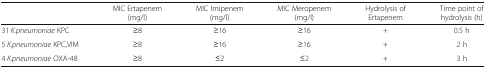
|  | MIC Ertapenem (mg/l) | MIC Imipenem (mg/l) | MIC Meropenem (mg/l) | Hydrolysis of Ertapenem | Time point of hydrolysis (h) |
 | --- | --- | --- | --- | --- | --- |
 | 31 K.pneumoniae KPC | ≥8 | ≥16 | ≥16 | + | 0.5 h |
 | 5 K.pneumoniae KPC,VIM | ≥8 | ≥16 | ≥16 | + | 2 h |
 | 4 K.pneumoniae OXA-48 | ≥8 | ≤2 | ≤2 | + | 3 h |